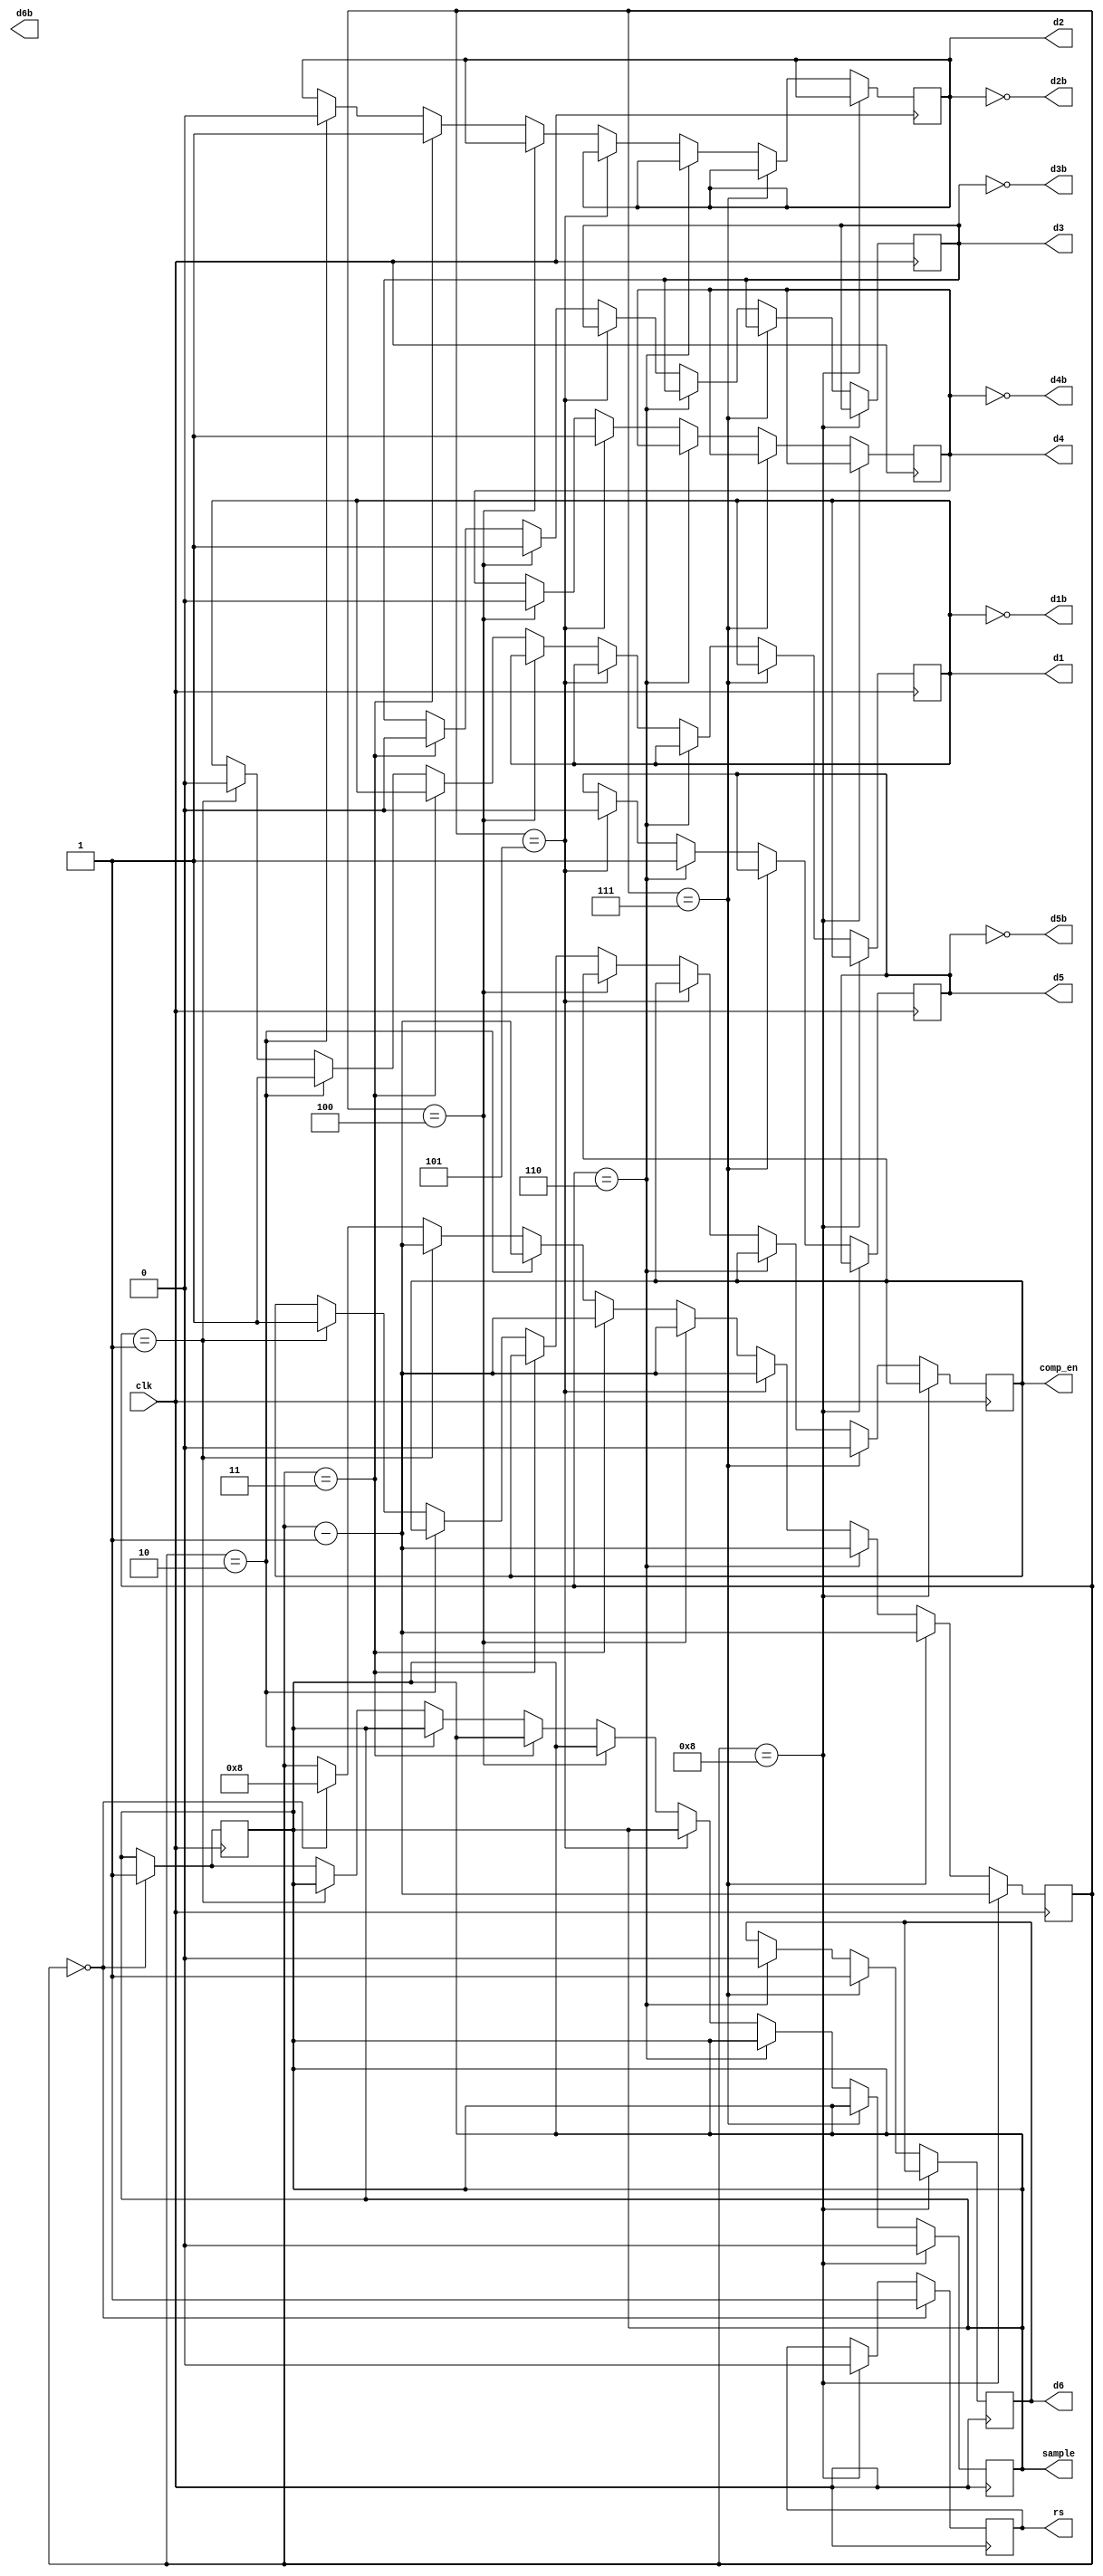

module count_monitor ( input wire clk,
                    output reg comp_en,
                    output reg sample,
                    output reg d1,
                    output wire d1b,
                    output reg d2,
                    output wire d2b,
                    output reg d3,
                    output wire d3b,
                    output reg d4,
                    output wire d4b,
                    output reg d5,
                    output wire d5b,
                    output reg d6,
                    output wire d6b,
                    output reg rs);

    reg [4:0] sar_counter;

    // 
    initial begin
        sar_counter = 8;
        comp_en <= 1;
        sample <= 0;
        d1 <= 0;
        d2 <= 0;
        d3 <= 0;
        d4 <= 0;
        d5 <= 0;
        d6 <= 0;
        rs <= 0;
    end

    // 
    always @ (posedge clk)
        if (sar_counter == 8) begin
            sample <= 0;
            sar_counter = sar_counter - 1;
        end
        else if (sar_counter == 7) begin
            comp_en <= 0;
            d6 <= 1;
            sar_counter = sar_counter - 1;
        end
        else if (sar_counter == 6) begin
            d5 <= 1;
            d6 <= 0;
            sar_counter = sar_counter - 1;
        end
        else if (sar_counter == 5) begin
            d4 <= 1;
            d5 <= 0;
            sar_counter = sar_counter - 1;
        end
        else if (sar_counter == 4) begin
            d3 <= 1;
            d4 <= 0;
            sar_counter = sar_counter - 1;
        end
        else if (sar_counter == 3) begin
            d2 <= 1;
            d3 <= 0;
            sar_counter = sar_counter - 1;
        end
        else if (sar_counter == 2) begin
            d1 <= 1;
            d2 <= 0;
            sar_counter = sar_counter - 1;
        end
        else if (sar_counter == 1) begin
            d1 <= 0;
            comp_en <= 1;
            sar_counter = sar_counter - 1;
        end
        else if (sar_counter == 0) begin
            sample <= 1;
            sar_counter = 8;
        end

    always @ (negedge clk)
        if (sar_counter == 0) begin
            rs <= 1;
            sample <= 1;
        end
        else if (sar_counter == 8) begin
            rs <= 0;
        end

    assign d1b = ~d1;
    assign d2b = ~d2;
    assign d3b = ~d3;
    assign d4b = ~d4;
    assign d5b = ~d5;
    



endmodule